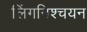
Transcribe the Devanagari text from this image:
लिंगनिश्चयन